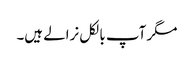
مگر آپ بالکل نرالے ہیں۔